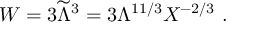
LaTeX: W = 3 { \widetilde \Lambda } ^ { 3 } = 3 \Lambda ^ { 1 1 / 3 } X ^ { - 2 / 3 } ~ .